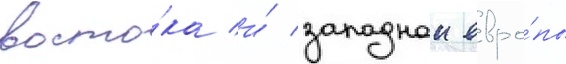
восто́ка и́ западнои евро́пы